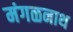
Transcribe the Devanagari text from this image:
मंगळनाथ